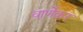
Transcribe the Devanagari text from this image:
वार्णेकर